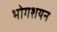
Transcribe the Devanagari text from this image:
भोगशयन